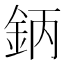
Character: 鈵